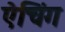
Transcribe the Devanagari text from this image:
ऐचिंग